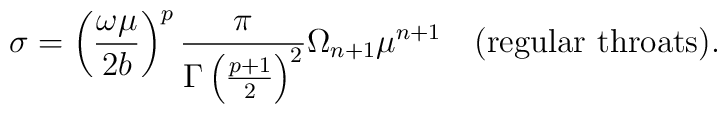
\sigma = \left({\omega\mu\over 2b}\right)^p {\pi \over \Gamma\left({p+1\over 2}\right)^2}\Omega_{n+1} \mu^{n+1} \quad {\rm (regular\,\, throats)}.